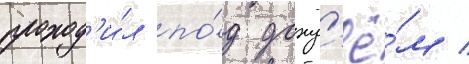
проход'и́л по́д дожд'ё́м /